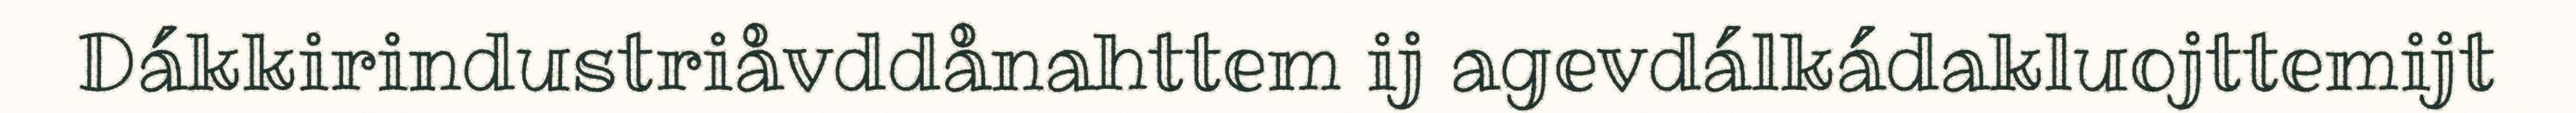
Dákkirindustriåvddånahttem ij agevdálkádakluojttemijt